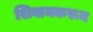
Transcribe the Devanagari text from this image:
शिवायकरून